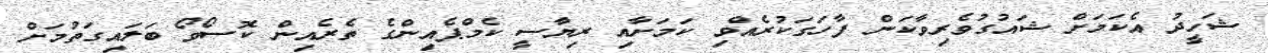
ޝަހީދު އެކަމަށް ޝައުގުވެރިވާކަން ފާހަގަކުރެއްވި ކަމަށާއި ރިޔާސީ ކެމްޕެއިންގެ ތެރެއިން ކޮސޯވޯ ބަލައިގަތުމަށް